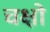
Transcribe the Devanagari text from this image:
चक्षो